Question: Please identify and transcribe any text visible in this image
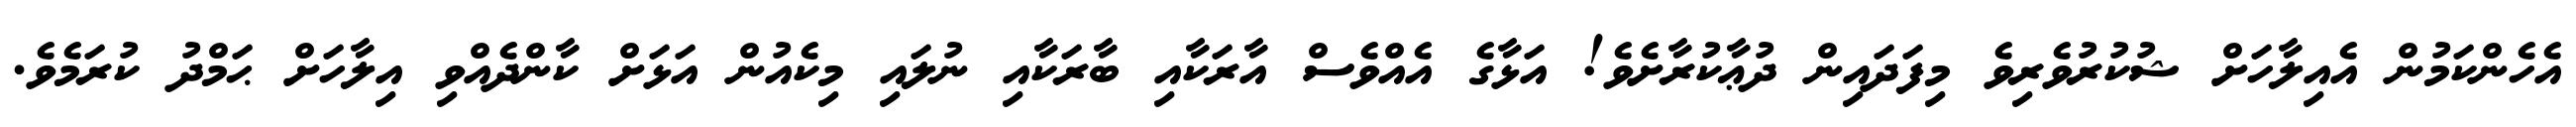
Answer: އެހެންކަމުން އެއިލާހަށް ޝުކުރުވެރިވެ މިފަދައިން ދުޢާކުރާށެވެ! އަޅާގެ އެއްވެސް އާރަކާއި ބާރަކާއި ނުލައި މިކެއުން އަޅަށް ކާންދެއްވި އިލާހަށް ޙަމްދު ކުރަމެވެ.